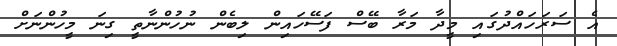
އެ ސަރަހައްދުގައި މީދާ މަރާ ބޭސް ފަސޭހައިން ލިބެން ނުހުންނާތީ ގިނަ މީހުންނަށް